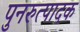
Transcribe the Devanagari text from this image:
पुनरुत्‍पादक